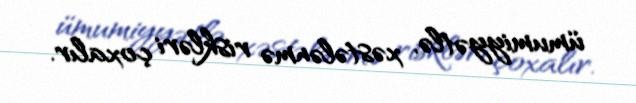
ümumiyyətlə, xəstələnmə riskləri çoxalır.